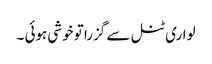
لواری ٹنل سے گزرا تو خوشی ہوئی ۔